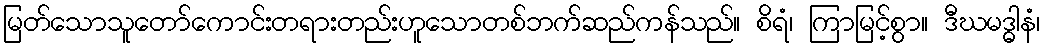
မြတ်သောသူတော်ကောင်းတရားတည်းဟူသောတစ်ဘက်ဆည်ကန်သည်။ စိရံ၊ ကြာမြင့်စွာ။ ဒီဃမဒ္ဓါနံ၊